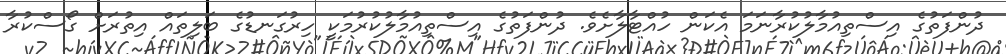
ދުންފަތުގެ އިސްތިއުމާލުކުރާނަމަ އެކަން ހުއްޓާލާށެވެ. ދުންފަތުގެ އިސްތިއުމާލުކުރުމަކީ ހިރުގަނޑުގެ ބަލިތައް އިތުރަށް ގޯސްކުރާ